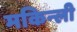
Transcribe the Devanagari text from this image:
मकिन्ली